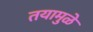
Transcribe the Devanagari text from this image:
तयामुळे